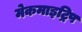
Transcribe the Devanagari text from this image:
मेकमाइट्रिप